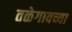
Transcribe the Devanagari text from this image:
तळेगावच्या